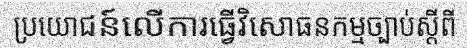
ប្រយោជន៍លើការធ្វើវិសោធនកម្មច្បាប់ស្តីពី